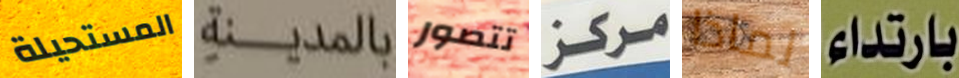
المستحيلة بالمدينة تتصور مركز لماذا بارتداء